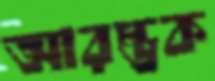
আরম্ভক